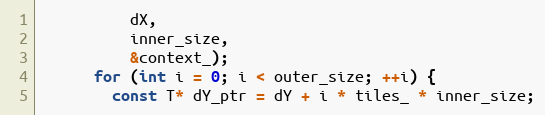
Language: C
          dX,
          inner_size,
          &context_);
      for (int i = 0; i < outer_size; ++i) {
        const T* dY_ptr = dY + i * tiles_ * inner_size;